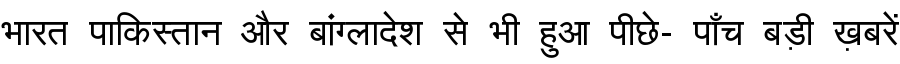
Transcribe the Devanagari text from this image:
भारत पाकिस्तान और बांग्लादेश से भी हुआ पीछे- पाँच बड़ी ख़बरें